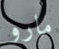
مارو